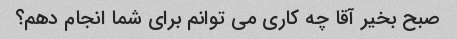
صبح بخیر آقا چه کاری می توانم برای شما انجام دهم؟